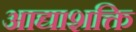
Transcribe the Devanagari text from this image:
आद्याशक्ति